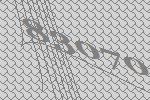
83070